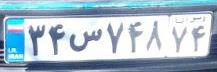
۳۴س۷۴۸۷۴